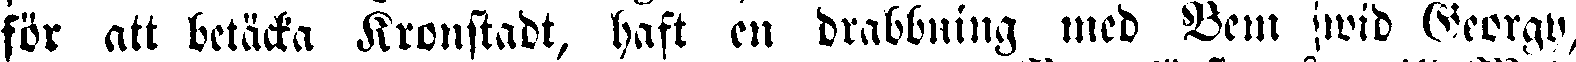
för att betäcka Kronstadt, haft en drabbning med Vem wid Georgv